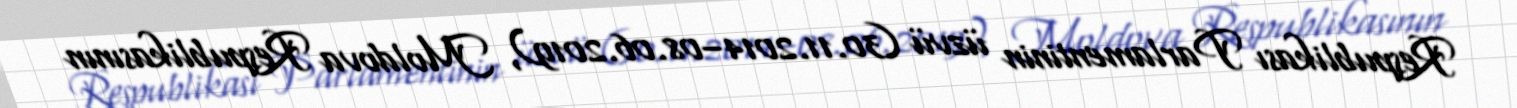
Respublikası Parlamentinin üzvü (30.11.2014–08.06.2019), Moldova Respublikasının